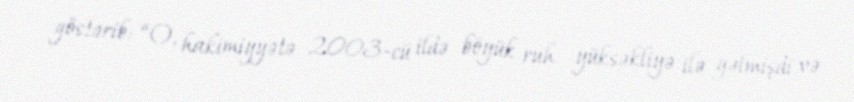
göstərib: “O, hakimiyyətə 2003-cü ildə böyük ruh yüksəkliyə ilə gəlmişdi və